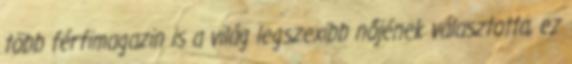
több férfimagazin is a világ legszexibb nőjének választotta, ez